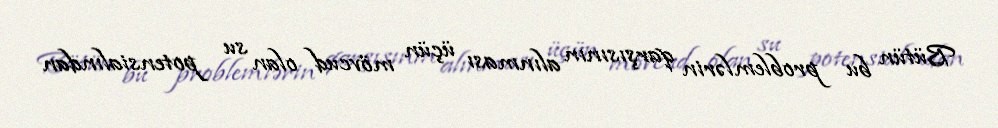
Bütün bu problemlərin qarşısının alınması üçün mövcud olan su potensialından